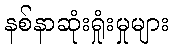
နစ်နာဆုံးရှုံးမှုများ